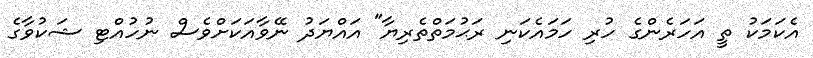
އެކަމަކު ތީ އަހަރެންގެ ހުރި ހަމައެކަނި ރަޙުމަތްތެރިޔާ" އައްޔަދު ނޭވާއަކަށްވެސް ނުހުއްޓި ޝަކުވާގެ